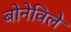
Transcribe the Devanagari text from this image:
बोनेविले